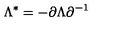
\Lambda ^ { * } = - \partial \Lambda \partial ^ { - 1 }